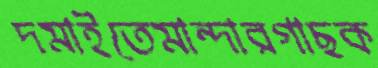
দমাইতেমান্দারগাছক